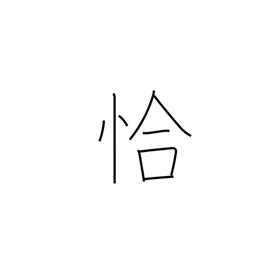
Meaning: just as